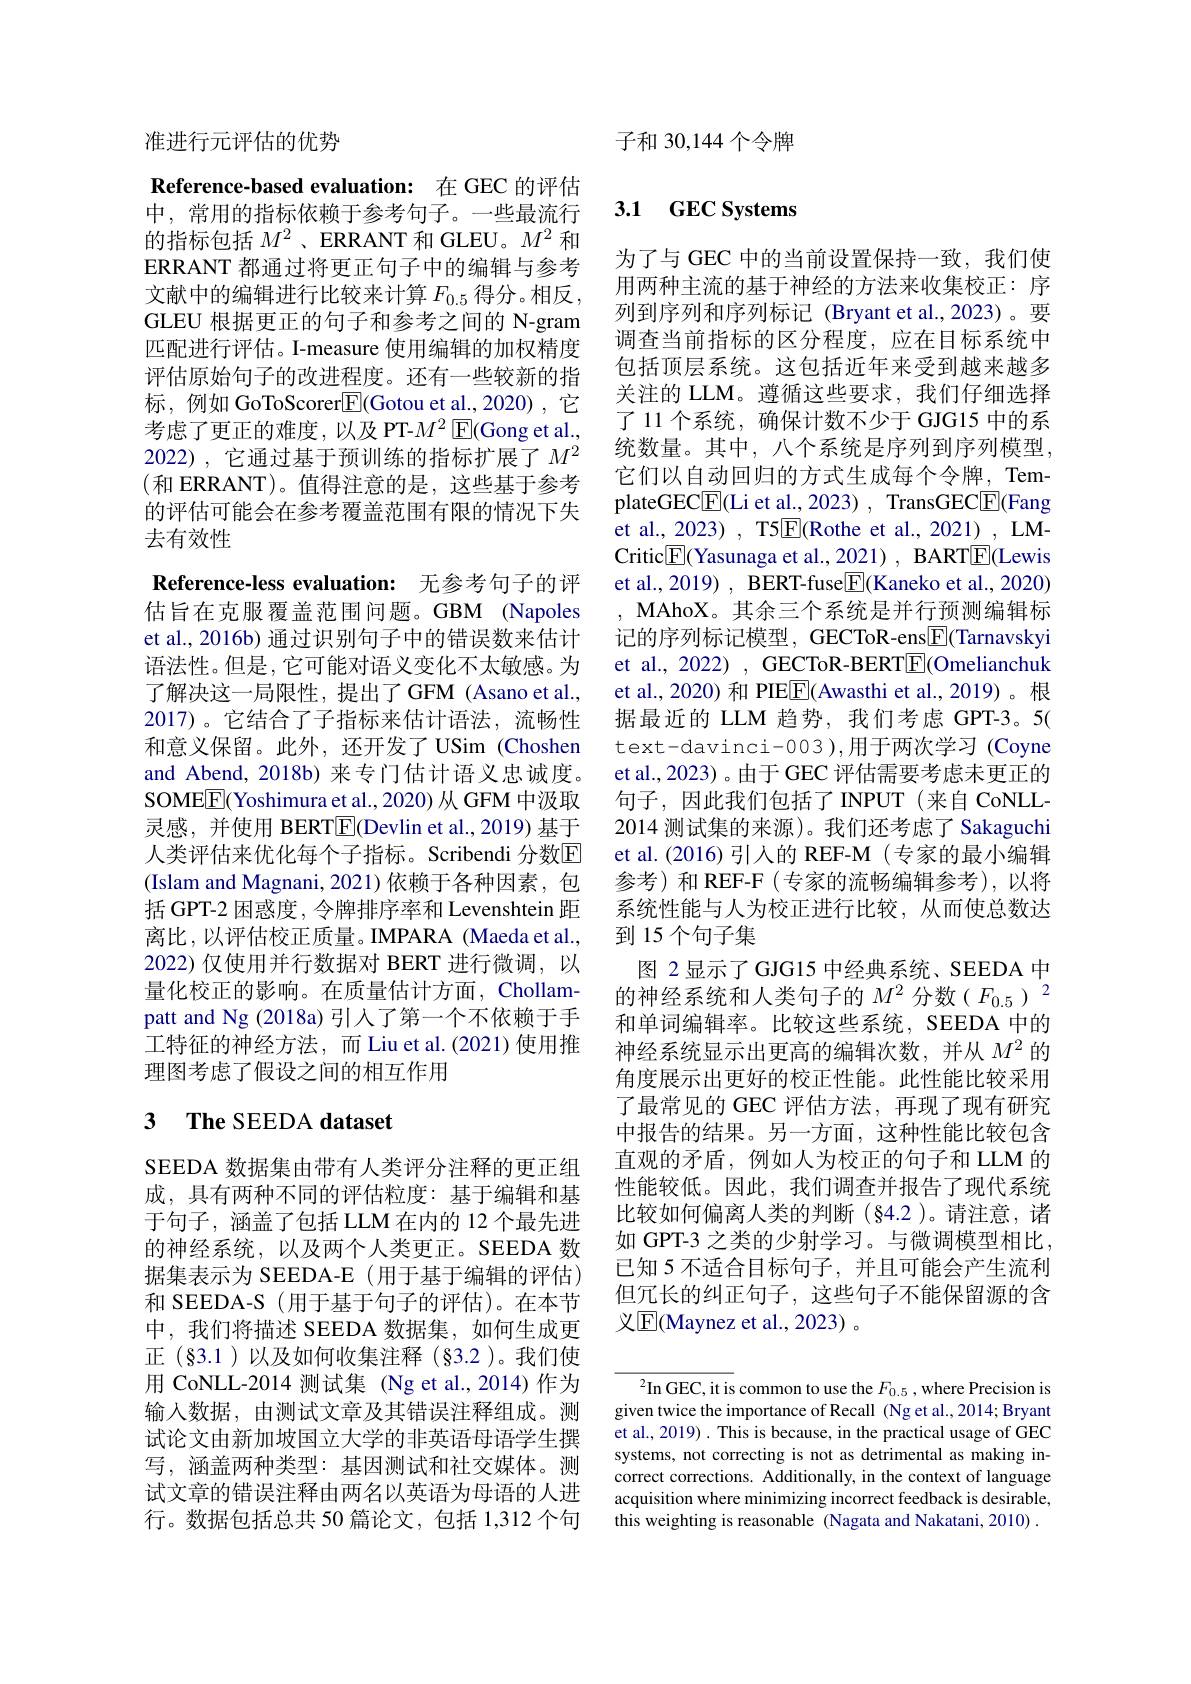
准进行元评估的优势

Reference-based evaluation: 在 GEC 的评估中，常用的指标依赖于参考句子。一些最流行的指标包括$M^2$、ERRANT 和 GLEU。$M^2$和ERRANT 都通过将更正句子中的编辑与参考文献中的编辑进行比较来计算$F_{0.5}$得分。相反 , GLEU 根据更正的句子和参考之间的 N-gram 匹配进行评估。I-measure 使用编辑的加权精度评估原始句子的改进程度。还有一些较新的指标，例如 GoToScorer$\boxed{\mathrm{F}}($Gotou et al.,2020),它考虑了更正的难度，以及 PT-$M^2$ E(Gong et al., 2022),它通过基于预训练的指标扩展了$M^2$ (和 ERRANT)。值得注意的是，这些基于参考的评估可能会在参考覆盖范围有限的情况下失去有效性

Reference-less evaluation: 无参考句子的评估旨在克服覆盖范围问题。GBM (Napoles et al., 2016b) 通过识别句子中的错误数来估计语法性。但是，它可能对语义变化不太敏感。为了解决这一局限性，提出了GFM (Asano et al., 2017)。它结合了子指标来估计语法，流畅性和意义保留。此外，还开发了 USim (Choshen and Abend, 2018b) 来专门估计语义忠诚度。SOMEE(Yoshimura et al., 2020) 从 GFM 中汲取灵感，并使用 BERT$\boxed{\mathrm{F}}($Devlin et al.,2019)基于人类评估来优化每个子指标。Scribendi 分数$\overline{\mathrm{E}}$ (Islam and Magnani, 2021)依赖于各种因素，包括 GPT-2 困惑度，令牌排序率和 Levenshtein 距离比，以评估校正质量。IMPARA (Maeda et al., 2022) 仅使用并行数据对 BERT 进行微调，以量化校正的影响。在质量估计方面，Chollampatt and Ng (2018a)引入了第一个不依赖于手工特征的神经方法，而 Liu et al.(2021)使用推理图考虑了假设之间的相互作用

# 3 The SEEDA dataset

SEEDA 数据集由带有人类评分注释的更正组成，具有两种不同的评估粒度：基于编辑和基于句子，涵盖了包括 LLM 在内的 12 个最先进的神经系统，以及两个人类更正。SEEDA 数据集表示为 SEEDA-E (用于基于编辑的评估) 和 SEEDA-S (用于基于句子的评估)。在本节中，我们将描述 SEEDA 数据集，如何生成更正(§3.1)以及如何收集注释(§3.2)。我们使用 CoNLL-2014 测试集 (Ng et al.,2014)作为输入数据，由测试文章及其错误注释组成。测试论文由新加坡国立大学的非英语母语学生撰写，涵盖两种类型：基因测试和社交媒体。测试文章的错误注释由两名以英语为母语的人进行。数据包括总共 50 篇论文，包括 1,312 个句

子和 30,144 个令牌

## 3.1 $\mathbf{GECSystems}$

为了与 GEC 中的当前设置保持一致，我们使用两种主流的基于神经的方法来收集校正：序列到序列和序列标记(Bryant et al.,2023)。要调查当前指标的区分程度，应在目标系统中包括顶层系统。这包括近年来受到越来越多关注的 LLM。遵循这些要求，我们仔细选择了 11 个系统，确保计数不少于 GJG15 中的系统数量。其中，八个系统是序列到序列模型， 它们以自动回归的方式生成每个令牌，TemplateGEC$\boxed{\mathrm{F}}($Li et al., 2023) , TransGEC$\boxed{\mathrm{F}}($Fang et al., 2023) , T5$\boxed{\mathrm{E}}($Rothe et al., 2021) , LMet al., 2019) , BERT-fuse$\boxed{\mathrm{F}}($Kaneko et al., 2020) , MAhoX。其余三个系统是并行预测编辑标记的序列标记模型，GECToR-ens$\boxed{\mathrm{F}}($Tarnavskyi et al., 2022) , GECToR-BERT$\boxed{\mathrm{F}}$(Omelianchuk et al., 2020) 和 PIE$\underline{\mathrm{F}}($Awasthi et al., 2019)。根据最近的 LLM 趋势，我们考虑 GPT-3。5( text-davinci-003),用于两次学习 (Coyne et al., 2023) 。由于 GEC 评估需要考虑未更正的句子，因此我们包括了INPUT(来自 CoNLL- 2014 测试集的来源)。我们还考虑了 Sakaguchi et al.(2016)引人的 REF-M(专家的最小编辑参考)和 REF-F(专家的流畅编辑参考),以将系统性能与人为校正进行比较，从而使总数达到15个句子集
图 2 显示了 GJG15 中经典系统、SEEDA 中的神经系统和人类句子的$M^{2}$分数($F_{0.5}$)$^{2}$ 和单词编辑率。比较这些系统，SEEDA 中的神经系统显示出更高的编辑次数，并从$M^2$的角度展示出更好的校正性能。此性能比较采用了最常见的 GEC 评估方法，再现了现有研究中报告的结果。另一方面，这种性能比较包含直观的矛盾，例如人为校正的句子和 LLM 的性能较低。因此，我们调查并报告了现代系统比较如何偏离人类的判断(§4.2 )。请注意，诸如 GPT-3 之类的少射学习。与微调模型相比， 已知 5 不适合目标句子，并且可能会产生流利但冗长的纠正句子，这些句子不能保留源的含义$\mathbb{E}($Maynez et al., 2023) 。

$^{2}$In GEC, it is common to use the $F_0.5$,where Precision is given twice the importance of Recall (Ng et al.,2014; Bryant et al., 2019) . This is because, in the practical usage of GEC systems, not correcting is not as detrimental as making incorrect corrections. Additionally, in the context of language acquisition where minimizing incorrect feedback is desirable, this weighting is reasonable (Nagata and Nakatani, 2010) .